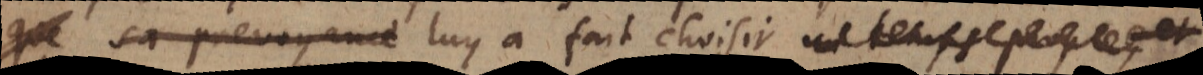
que sa prevoyance luy a fait choisir